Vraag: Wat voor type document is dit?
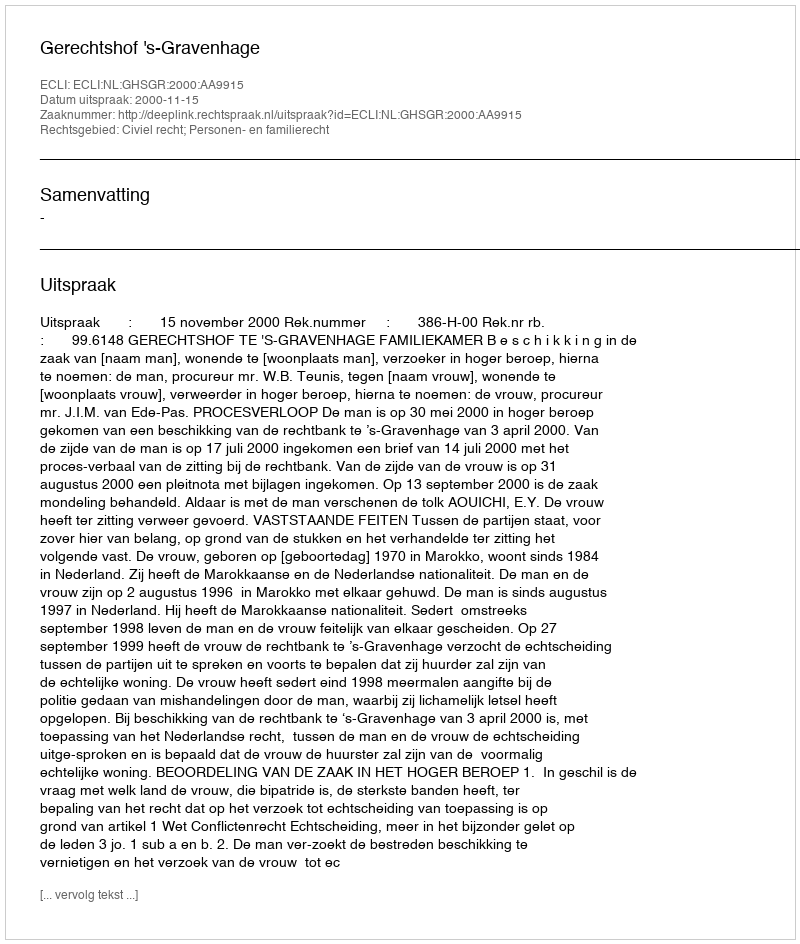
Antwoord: Uitspraak